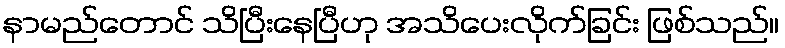
နာမည်တောင် သိပြီးနေပြီဟု အသိပေးလိုက်ခြင်း ဖြစ်သည်။